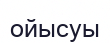
ойысуы